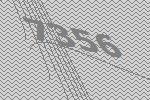
7356